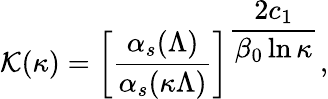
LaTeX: {\cal\mathcal{K}}(\kappa)=\left[\frac{{\alpha_{s}(\Lambda)}}{{\alpha_{s}(\kappa\Lambda)}}\right]^{\displaystyle\frac{{2c_{1}}}{{\beta_{0}\ln\kappa}}},